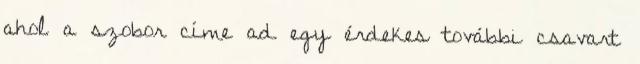
ahol a szobor címe ad egy érdekes további csavart